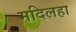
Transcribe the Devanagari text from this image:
मदिलहा